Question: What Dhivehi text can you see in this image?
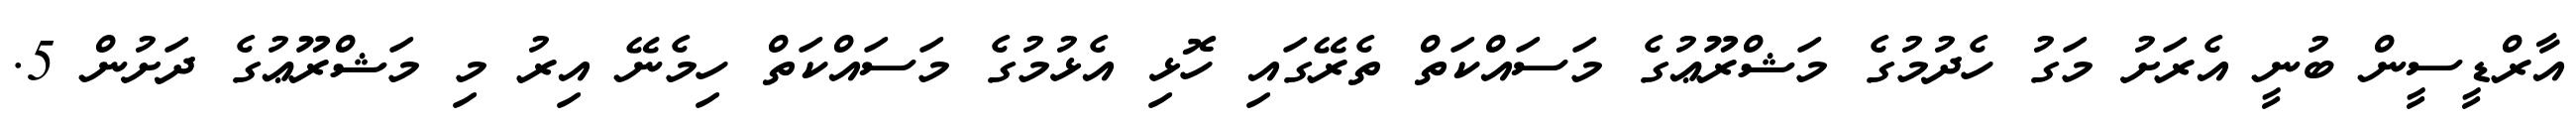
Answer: އާރްޑީސީން ބުނީ އެރަށު މަގު ހެދުމުގެ މަޝްރޫޢުގެ މަސައްކަތް ތެރޭގައި ހޮޅި އެޅުމުގެ މަސައްކަތް ހިމެނޭ އިރު މި މަޝްރޫޢުގެ ދަށުން 5.